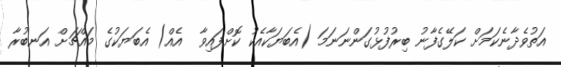
އަތުވެދާނެކަމަށް ކަލޭގެފާނު ބިރުފުޅުގަންނަނަމަ (އެބަޔަކާއެކު ކޮށްފައިވާ  އެއް) އެބަޔަކުގެ މައްޗަށް އަނބުރާ